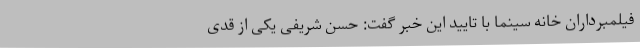
فیلمبرداران خانه سینما با تایید این خبر گفت: حسن شریفی یکی از قدی